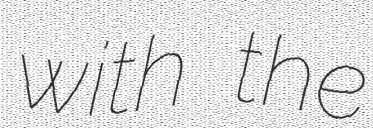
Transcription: with the